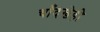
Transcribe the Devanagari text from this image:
चाँदखेड़ी